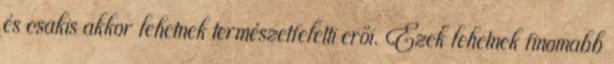
és csakis akkor lehetnek természetfeletti erői. Ezek lehetnek finomabb